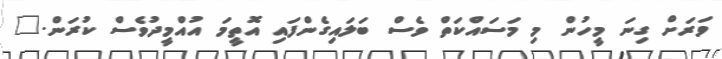
ވަރަށް ގިނަ މީހުން މި މަސައްކަތް ވެސް ބަލައިގެންފައި އޮތީމަ އުއްމީދުވެސް ކުރަން."